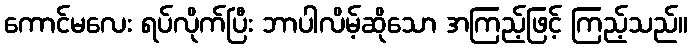
ကောင်မလေး ရပ်လိုက်ပြီး ဘာပါလိမ့်ဆိုသော အကြည့်ဖြင့် ကြည့်သည်။